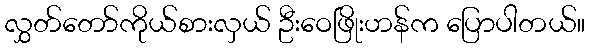
လွှတ်တော်ကိုယ်စားလှယ် ဦးဝေဖြိုးဟန်က ပြောပါတယ်။